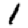
Digit: 1